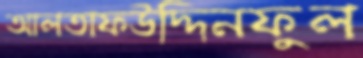
আলতাফউদ্দিনফুল